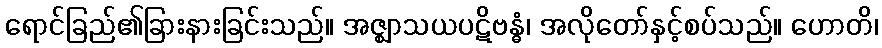
ရောင်ခြည်၏ခြားနားခြင်းသည်။ အဇ္ဈာသယပဋိဗန္ဓံ၊ အလိုတော်နှင့်စပ်သည်။ ဟောတိ၊